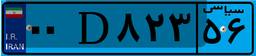
۰۰D۸۲۳۵۶